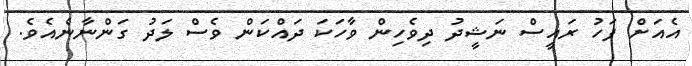
އެއަށް ފަހު ރައީސް ނަޝީދު ދިވެހިން ވާހަކަ ދައްކަން ވެސް ލަދު ގަންނާނެއެވެ.